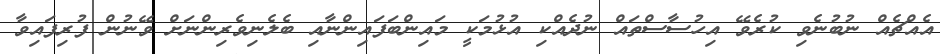
އެއްޗެއް ނުބުނެވި ކުރެވޭ އިހުސާސްތައް ނުދެއްކި އުޅުމަކީ މައިންބަފައިންނާއި ބެލެނިވެރިންނަށް ވޭނުން ފުރިފައިވާ